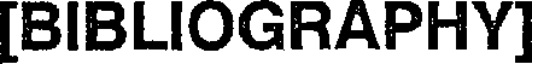
[BIBLIOGRAPHY]